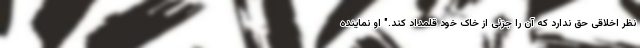
نظر اخلاقی حق ندارد که آن را جزئی از خاک خود قلمداد کند." او نماینده